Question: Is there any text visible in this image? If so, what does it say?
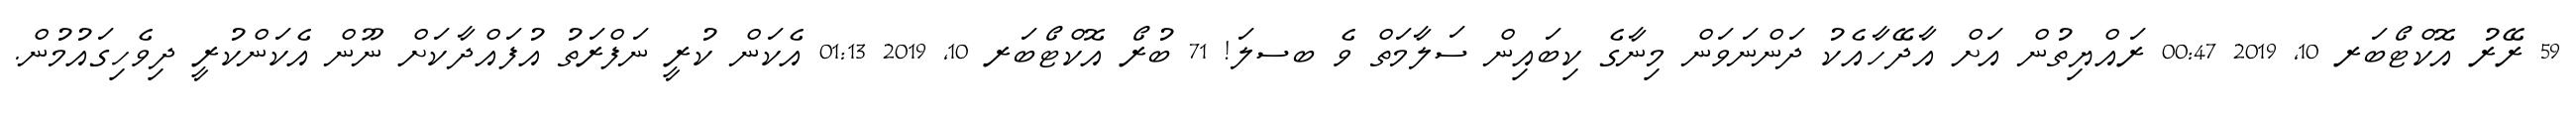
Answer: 59 ރޭރު އޮކްޓޯބަރ 10, 2019 00:47 ރައްޔިތުން އަށް އާދޭހާއެކު ދަންނަވަން މިނާގެ ކިބައިން ސަލާމަތް ވެ ބސލަ! 71 ބުރޯ އޮކްޓޯބަރ 10, 2019 01:13 އެކަން ކުރީ ނަފްރަތު އުފައްދާކަށް ނޫން އެކަންކުރީ ދިވެހިގައުމުން.